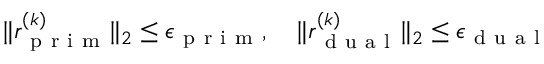
\| r _ { \mathrm { ~ p ~ r ~ i ~ m ~ } } ^ { ( k ) } \| _ { 2 } \leq \epsilon _ { \mathrm { ~ p ~ r ~ i ~ m ~ } } , \quad \| r _ { \mathrm { ~ d ~ u ~ a ~ l ~ } } ^ { ( k ) } \| _ { 2 } \leq \epsilon _ { \mathrm { ~ d ~ u ~ a ~ l ~ } }